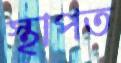
স্থাপত